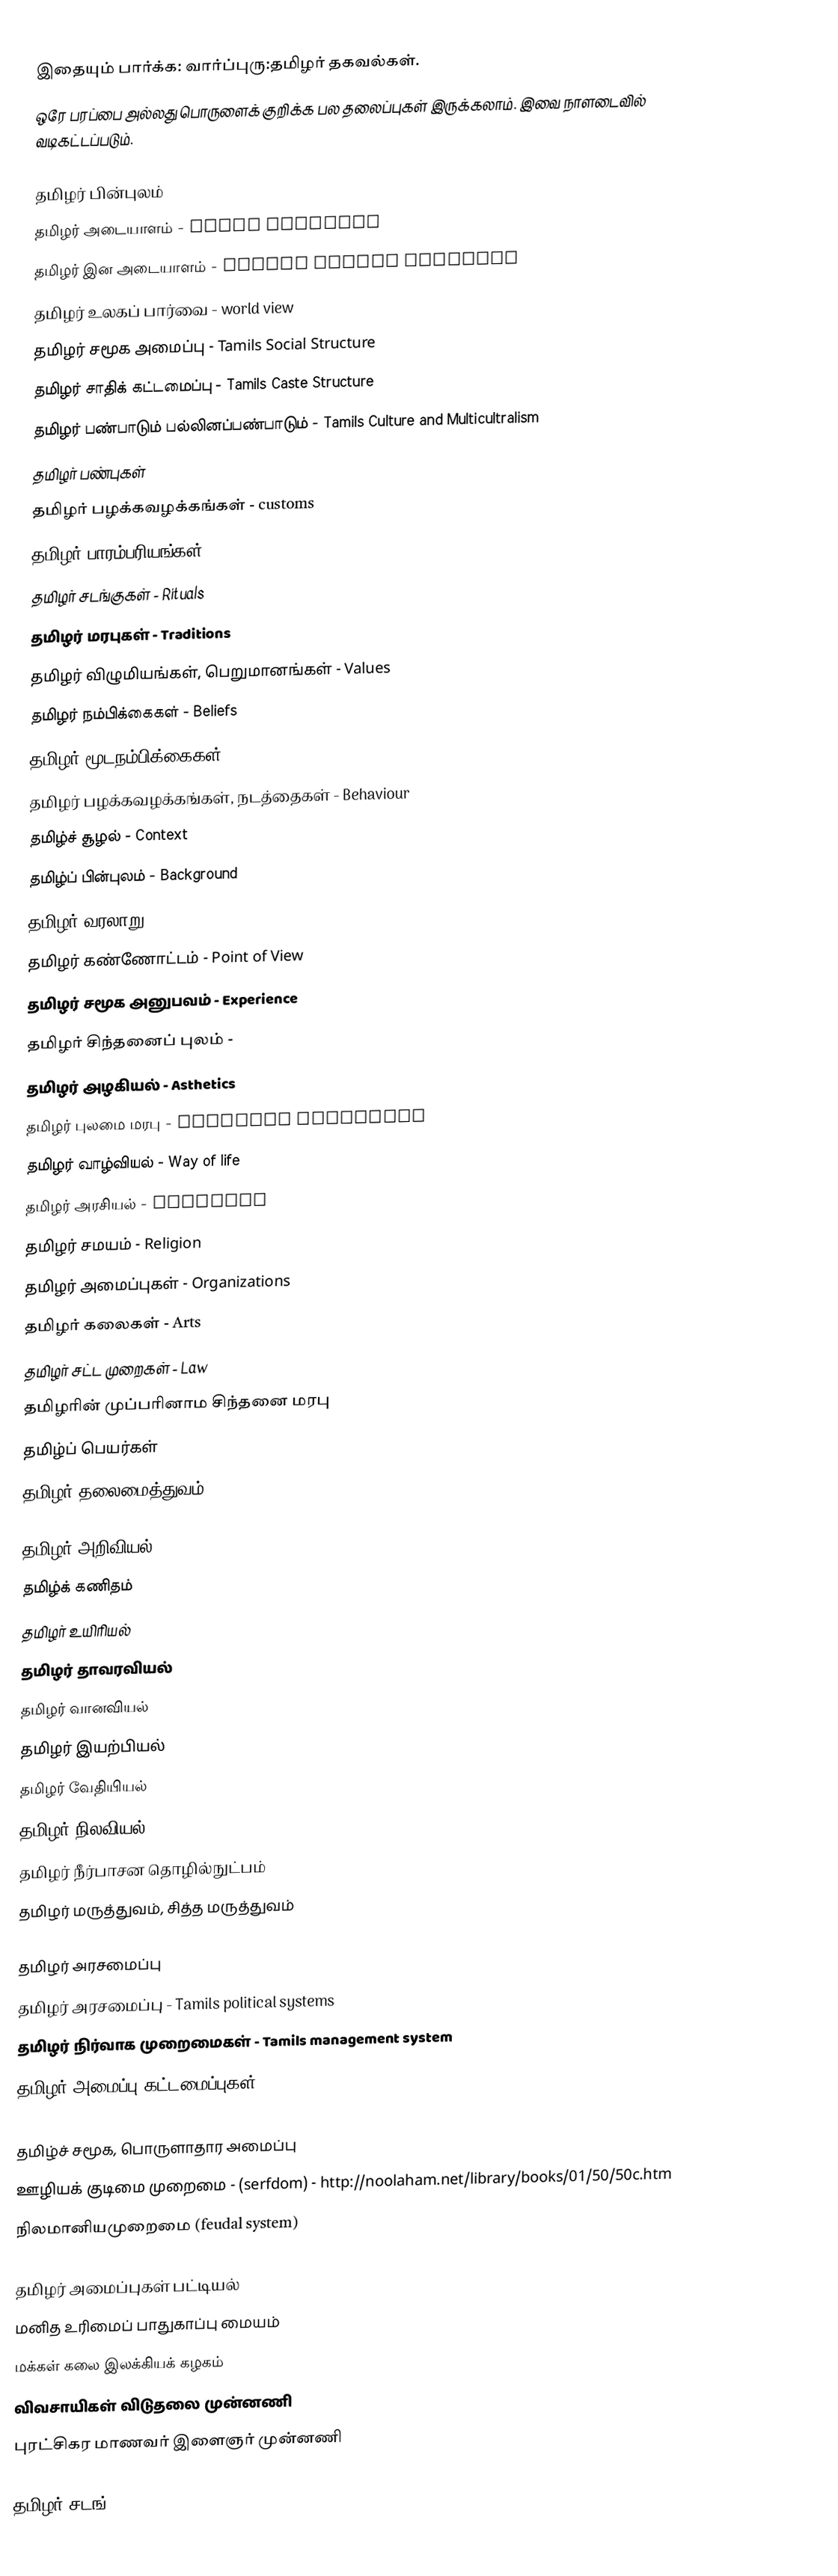
இதையும் பார்க்க: வார்ப்புரு:தமிழர் தகவல்கள்.
ஒரே பரப்பை அல்லது பொருளைக் குறிக்க பல தலைப்புகள் இருக்கலாம்.  இவை நாளடைவில் வடிகட்டப்படும்.

தமிழர் பின்புலம்
 தமிழர் அடையாளம் - Tamil Identity
 தமிழர் இன அடையாளம் - Tamils Ethnic Identity
 தமிழர் உலகப் பார்வை - world view
 தமிழர் சமூக அமைப்பு - Tamils Social Structure
 தமிழர் சாதிக் கட்டமைப்பு - Tamils Caste Structure
 தமிழர் பண்பாடும் பல்லினப்பண்பாடும் - Tamils Culture and Multicultralism
 தமிழர் பண்புகள்
 தமிழர் பழக்கவழக்கங்கள் - customs
 தமிழர் பாரம்பரியங்கள் - traditions
 தமிழர் சடங்குகள் - Rituals
 தமிழர் மரபுகள் - Traditions
 தமிழர் விழுமியங்கள், பெறுமானங்கள் - Values
 தமிழர் நம்பிக்கைகள் - Beliefs
 தமிழர் மூடநம்பிக்கைகள் - Superstitions
 தமிழர் பழக்கவழக்கங்கள், நடத்தைகள் - Behaviour
 தமிழ்ச் சூழல் - Context
 தமிழ்ப் பின்புலம் - Background
 தமிழர் வரலாறு - History
 தமிழர் கண்ணோட்டம் - Point of View
 தமிழர் சமூக அனுபவம் - Experience
 தமிழர் சிந்தனைப் புலம் -
 தமிழர் அழகியல் - Asthetics
 தமிழர் புலமை மரபு - Academic Tradition
 தமிழர் வாழ்வியல் - Way of life
 தமிழர் அரசியல் - Politics
 தமிழர் சமயம் - Religion
 தமிழர் அமைப்புகள் - Organizations
 தமிழர் கலைகள் - Arts
 தமிழர் சட்ட முறைகள் - Law
 தமிழரின் முப்பரினாம சிந்தனை மரபு
 தமிழ்ப் பெயர்கள்
 தமிழர் தலைமைத்துவம்

தமிழர் அறிவியல்
 தமிழ்க் கணிதம்
 தமிழர் உயிரியல்
 தமிழர் தாவரவியல்
 தமிழர் வானவியல்
 தமிழர் இயற்பியல்
 தமிழர் வேதியியல்
 தமிழர் நிலவியல்
 தமிழர் நீர்பாசன தொழில்நுட்பம்
 தமிழர் மருத்துவம், சித்த மருத்துவம்

தமிழர் அரசமைப்பு
 தமிழர் அரசமைப்பு - Tamils political systems
 தமிழர் நிர்வாக முறைமைகள் - Tamils management system
 தமிழர் அமைப்பு கட்டமைப்புகள் - Tamils organization structures (ex: Temples, Community Centers, Libraries, Movements, Business!)

தமிழ்ச் சமூக, பொருளாதார அமைப்பு
 ஊழியக் குடிமை முறைமை - (serfdom) -  http://noolaham.net/library/books/01/50/50c.htm
 நிலமானியமுறைமை (feudal system)

தமிழர் அமைப்புகள் பட்டியல்
 மனித உரிமைப் பாதுகாப்பு மையம்
 மக்கள் கலை இலக்கியக் கழகம்
 விவசாயிகள் விடுதலை முன்னணி
 புரட்சிகர மாணவர் இளைஞர் முன்னணி

தமிழர் சடங்